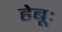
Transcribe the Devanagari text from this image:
हेबूः